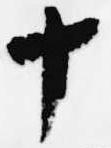
十